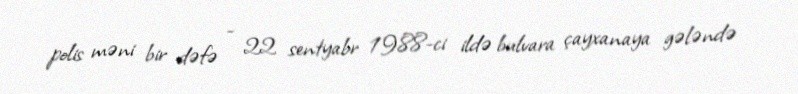
polis məni bir dəfə - 22 sentyabr 1988-ci ildə bulvara çayxanaya gələndə